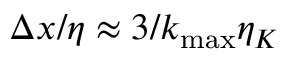
\Delta x / \eta \approx 3 / k _ { \mathrm { m a x } } \eta _ { K }